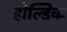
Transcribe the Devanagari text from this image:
होल्डिक